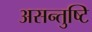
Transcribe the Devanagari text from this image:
असन्तुष्टि